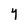
Character: Y